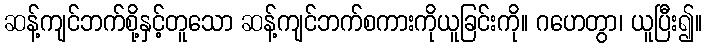
ဆန့်ကျင်ဘက်စို့နှင့်တူသော ဆန့်ကျင်ဘက်စကားကိုယူခြင်းကို။ ဂဟေတွာ၊ ယူပြီး၍။